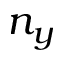
n _ { y }